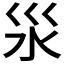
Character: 𣲂